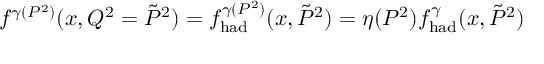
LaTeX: f ^ { \gamma ( P ^ { 2 } ) } ( x , Q ^ { 2 } = \tilde { P } ^ { 2 } ) = f _ { \mathrm { { h a d } } } ^ { \gamma ( P ^ { 2 } ) } ( x , \tilde { P } ^ { 2 } ) = \eta ( P ^ { 2 } ) f _ { \mathrm { h a d } } ^ { \gamma } ( x , \tilde { P } ^ { 2 } )